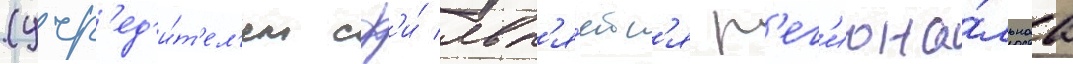
(учр'ед'и́т'ел'ем сф'и́ явл'я́етс'я р'ег'иона́льнаа